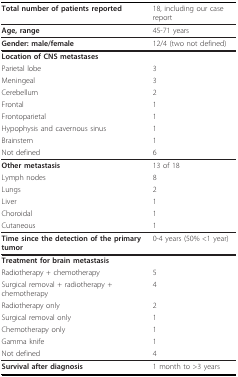
<table><thead><tr><td><b>Total number of patients reported</b></td><td><b>18, including our case report</b></td></tr></thead><tbody><tr><td><b>Age, range</b></td><td>45-71 years</td></tr><tr><td><b>Gender: male/female</b></td><td>12/4 (two not defined)</td></tr><tr><td><b>Location of CNS metastases</b></td><td></td></tr><tr><td>Parietal lobe</td><td>3</td></tr><tr><td>Meningeal</td><td>3</td></tr><tr><td>Cerebellum</td><td>2</td></tr><tr><td>Frontal</td><td>1</td></tr><tr><td>Frontoparietal</td><td>1</td></tr><tr><td>Hypophysis and cavernous sinus</td><td>1</td></tr><tr><td>Brainstem</td><td>1</td></tr><tr><td>Not defined</td><td>6</td></tr><tr><td><b>Other metastasis</b></td><td>13 of 18</td></tr><tr><td>Lymph nodes</td><td>8</td></tr><tr><td>Lungs</td><td>2</td></tr><tr><td>Liver</td><td>1</td></tr><tr><td>Choroidal</td><td>1</td></tr><tr><td>Cutaneous</td><td>1</td></tr><tr><td><b>Time since the detection of the primary tumor</b></td><td>0-4 years (50% &lt;1 year)</td></tr><tr><td><b>Treatment for brain metastasis</b></td><td></td></tr><tr><td>Radiotherapy + chemotherapy</td><td>5</td></tr><tr><td>Surgical removal + radiotherapy + chemotherapy</td><td>4</td></tr><tr><td>Radiotherapy only</td><td>2</td></tr><tr><td>Surgical removal only</td><td>1</td></tr><tr><td>Chemotherapy only</td><td>1</td></tr><tr><td>Gamma knife</td><td>1</td></tr><tr><td>Not defined</td><td>4</td></tr><tr><td><b>Survival after diagnosis</b></td><td>1 month to &gt;3 years</td></tr></tbody></table>